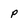
Character: p